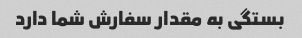
بستگی به مقدار سفارش شما دارد